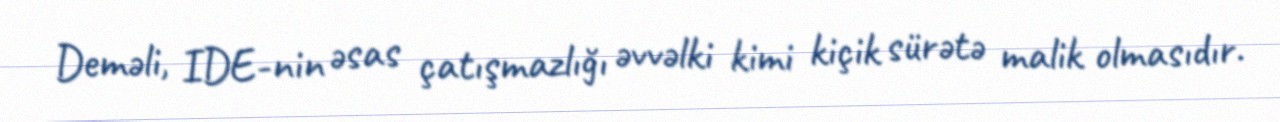
Deməli, IDE-nin əsas çatışmazlığı əvvəlki kimi kiçik sürətə malik olmasıdır.